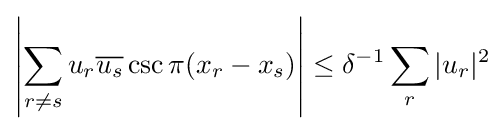
\left|\sum _{r\neq s}u_{r}{\overline {u_{s}}}\csc \pi (x_{r}-x_{s})\right|\leq \delta ^{-1}\sum _{r}|u_{r}|^{2}